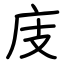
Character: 庋